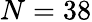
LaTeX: N=38